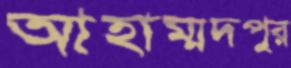
আহাম্মদপুর